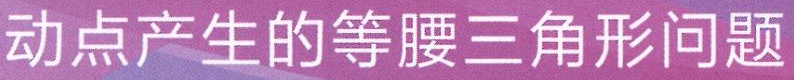
动点产生的等腰三角形问题